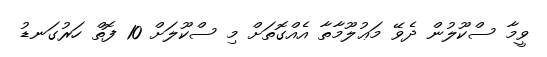
ވީމާ ސްކޫލުން ދެވޭ މަޢުލޫމާތާ އެއްގޮތަށް މި ސްކޫލަށް 10 ފޮތް ހަރުގަނޑު